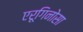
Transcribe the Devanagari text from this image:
एरूगिनोसा